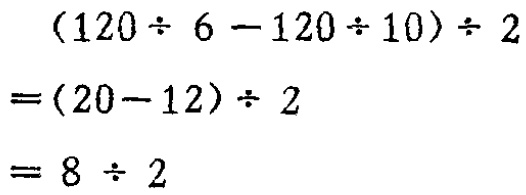
\[

\begin{align*}

&(120\div 6 - 120\div 10)\div 2\\

=&(20 - 12)\div 2\\

=&8\div 2

\end{align*}

\]